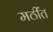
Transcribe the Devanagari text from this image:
मठींत